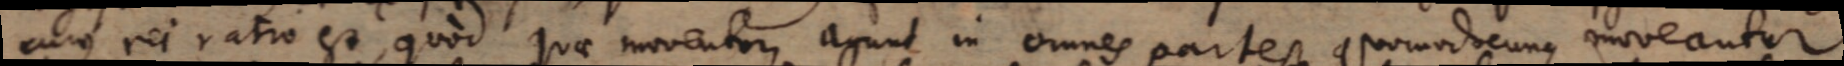
cujus rei ratio est, quod quae moventur, agunt in omnes partes, quomodocunque moveantur